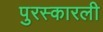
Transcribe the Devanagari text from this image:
पुरस्कारली